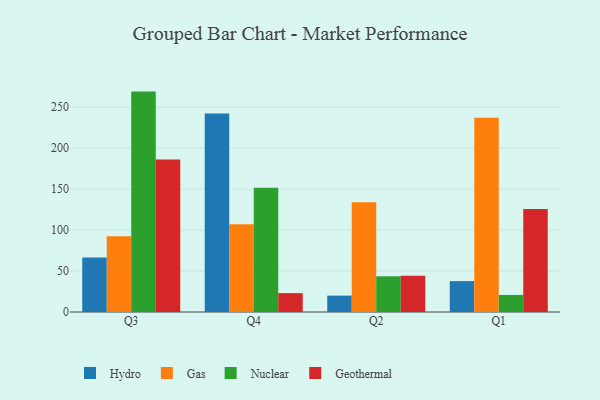
{"axis": {"x": "Quarter", "y": "LTV (USD)"}, "legend": ["Gas", "Geothermal", "Hydro", "Nuclear"], "data": [{"x": "Q3", "y": 66.4, "type": "Hydro"}, {"x": "Q3", "y": 92.5, "type": "Gas"}, {"x": "Q3", "y": 269.0, "type": "Nuclear"}, {"x": "Q3", "y": 186.0, "type": "Geothermal"}, {"x": "Q4", "y": 242.4, "type": "Hydro"}, {"x": "Q4", "y": 107.1, "type": "Gas"}, {"x": "Q4", "y": 151.6, "type": "Nuclear"}, {"x": "Q4", "y": 23.0, "type": "Geothermal"}, {"x": "Q2", "y": 20.0, "type": "Hydro"}, {"x": "Q2", "y": 134.1, "type": "Gas"}, {"x": "Q2", "y": 43.6, "type": "Nuclear"}, {"x": "Q2", "y": 44.2, "type": "Geothermal"}, {"x": "Q1", "y": 37.7, "type": "Hydro"}, {"x": "Q1", "y": 237.1, "type": "Gas"}, {"x": "Q1", "y": 20.8, "type": "Nuclear"}, {"x": "Q1", "y": 125.6, "type": "Geothermal"}]}